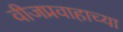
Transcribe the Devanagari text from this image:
वीजप्रवाहाच्या